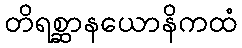
တိရစ္ဆာနယောနိကထံ